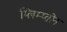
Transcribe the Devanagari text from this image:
प्लिम्प्तोन